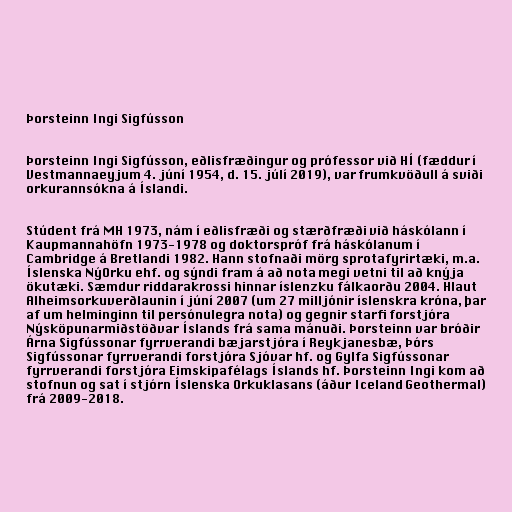
Þorsteinn Ingi Sigfússon

Þorsteinn Ingi Sigfússon, eðlisfræðingur og prófessor við HÍ (fæddur í
Vestmannaeyjum 4. júní 1954, d. 15. júlí 2019), var frumkvöðull á sviði
orkurannsókna á Íslandi.

Stúdent frá MH 1973, nám í eðlisfræði og stærðfræði við háskólann í
Kaupmannahöfn 1973-1978 og doktorspróf frá háskólanum í
Cambridge á Bretlandi 1982. Hann stofnaði mörg sprotafyrirtæki, m.a.
Íslenska NýOrku ehf. og sýndi fram á að nota megi vetni til að knýja
ökutæki. Sæmdur riddarakrossi hinnar íslenzku fálkaorðu 2004. Hlaut
Alheimsorkuverðlaunin í júní 2007 (um 27 milljónir íslenskra króna, þar
af um helminginn til persónulegra nota) og gegnir starfi forstjóra
Nýsköpunarmiðstöðvar Íslands frá sama mánuði. Þorsteinn var bróðir
Árna Sigfússonar fyrrverandi bæjarstjóra í Reykjanesbæ, Þórs
Sigfússonar fyrrverandi forstjóra Sjóvar hf. og Gylfa Sigfússonar
fyrrverandi forstjóra Eimskipafélags Íslands hf. Þorsteinn Ingi kom að
stofnun og sat í stjórn Íslenska Orkuklasans (áður Iceland Geothermal)
frá 2009-2018.